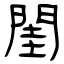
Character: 閨